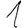
Digit: 1